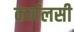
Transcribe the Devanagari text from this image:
कर्नलसी